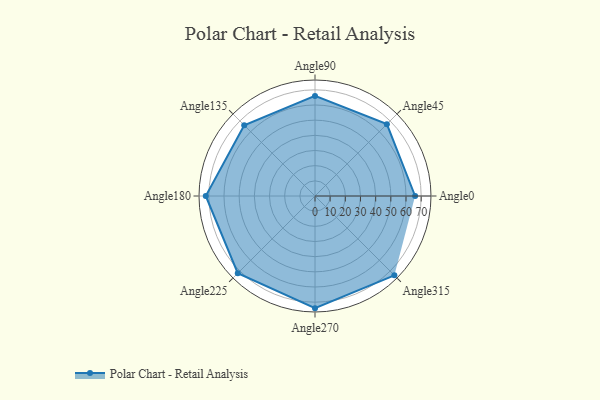
{"axis": {"x": "Angle", "y": "Radius"}, "legend": [""], "data": [{"x": "Angle0", "y": 66.0, "type": ""}, {"x": "Angle45", "y": 67.0, "type": ""}, {"x": "Angle90", "y": 66.0, "type": ""}, {"x": "Angle135", "y": 66.0, "type": ""}, {"x": "Angle180", "y": 72.0, "type": ""}, {"x": "Angle225", "y": 72.0, "type": ""}, {"x": "Angle270", "y": 74.0, "type": ""}, {"x": "Angle315", "y": 74.0, "type": ""}]}